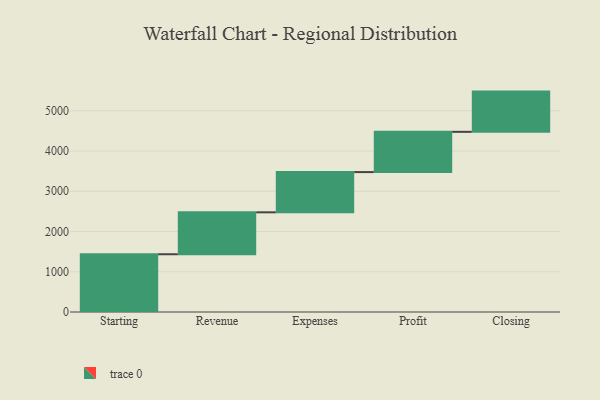
{"axis": {"x": "Step", "y": "Value"}, "legend": [""], "data": [{"x": "Starting", "y": 1435.0, "type": ""}, {"x": "Revenue", "y": 1042.0, "type": ""}, {"x": "Expenses", "y": 1000, "type": ""}, {"x": "Profit", "y": 1000, "type": ""}, {"x": "Closing", "y": 1000, "type": ""}]}